65_HS1-834228961_62-HQ-83894_Serial_130
Agency: FBI
Page 48
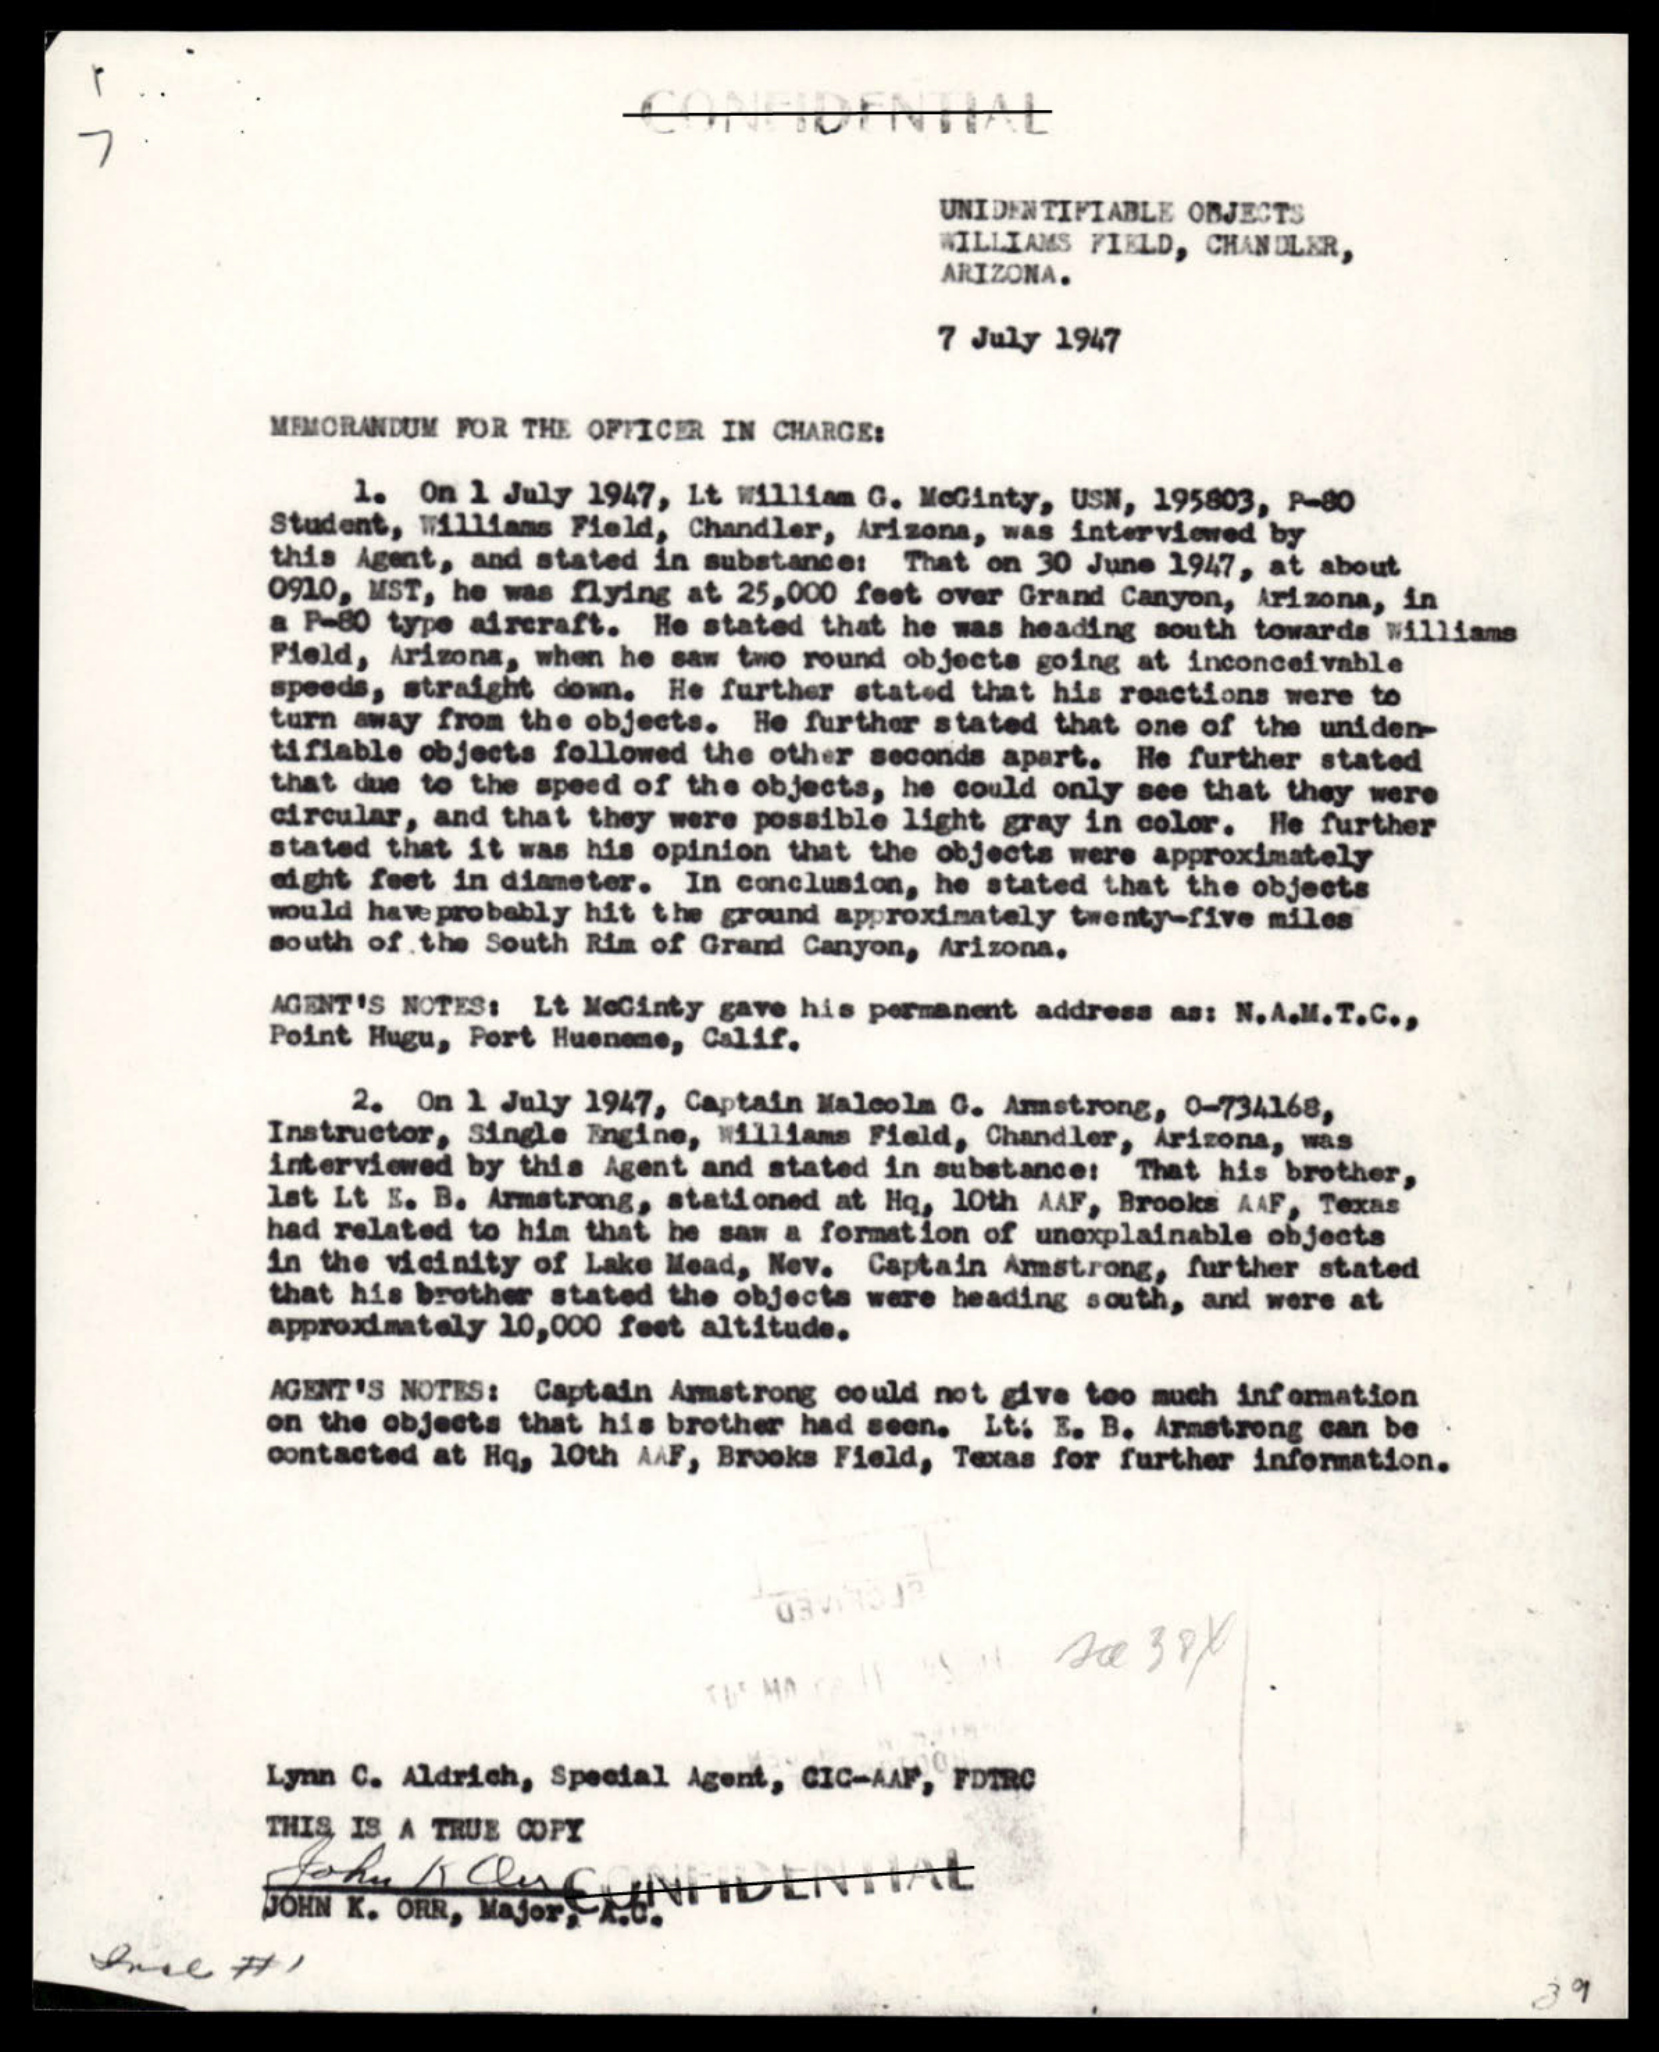